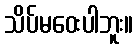
သိပ်မဝေးပါဘူး။